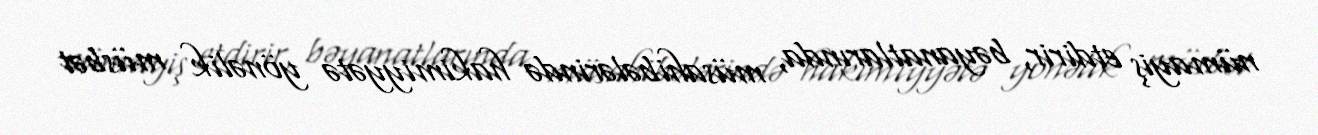
nümayiş etdirir, bəyanatlarında, müsahibələrində hakimiyyətə yönəlik müsbət